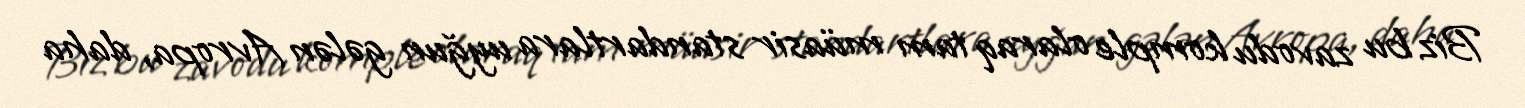
Biz bu zavodu komple olaraq tam müasir standartlara uyğun gələn Avropa, daha